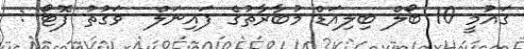
ގައުމީ 10 ބޯލް ބިލިއަޑް މުބާރާތުގެ ފައިނަލް  ވަގުތު ފޮޓޯ :